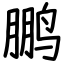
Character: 鹏